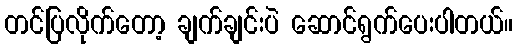
တင်ပြလိုက်တော့ ချက်ချင်းပဲ ဆောင်ရွက်ပေးပါတယ်။